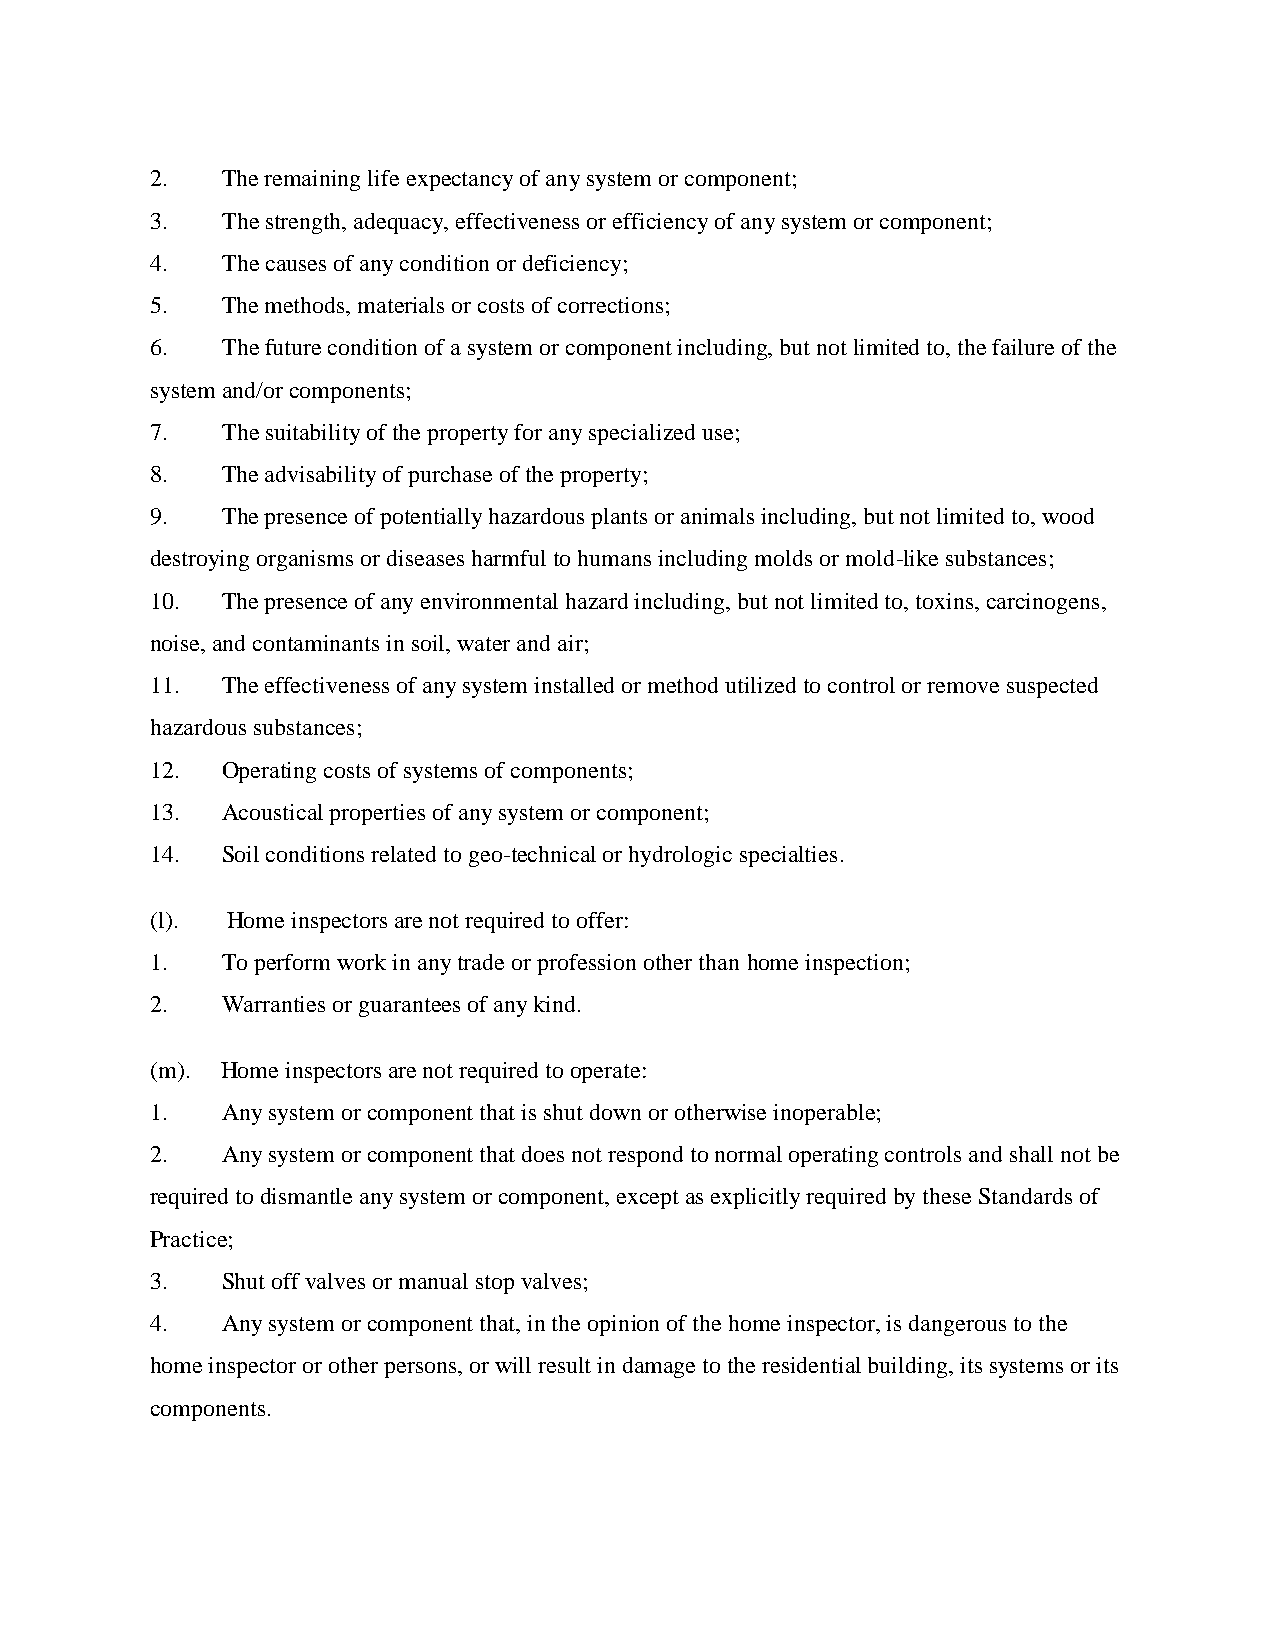
2.   The remaining life expectancy of any system or component;
 3.   The strength, adequacy, effectiveness or efficiency of any system or component;
 4.   The causes of any condition or deficiency;
 5.   The methods, materials or costs of corrections;
 6.   The future condition of a system or component including, but not limited to, the failure of the
 system and/or components;
 7.   The suitability of the property for any specialized use;
 8.   The advisability of purchase of the property;
 9.   The presence of potentially hazardous plants or animals including, but not limited to, wood
 destroying organisms or diseases harmful to humans including molds or mold-like substances;
 10.  The presence of any environmental hazard including, but not limited to, toxins, carcinogens,
 noise, and contaminants in soil, water and air;
 11.  The effectiveness of any system installed or method utilized to control or remove suspected
 hazardous substances;
 12.  Operating costs of systems of components;
 13.  Acoustical properties of any system or component;
 14.  Soil conditions related to geo-technical or hydrologic specialties.
 (l). Home inspectors are not required to offer:
 1.   To perform work in any trade or profession other than home inspection;
 2.   Warranties or guarantees of any kind.
 (m). Home inspectors are not required to operate:
 1.   Any system or component that is shut down or otherwise inoperable;
 2.   Any system or component that does not respond to normal operating controls and shall not be
 required to dismantle any system or component, except as explicitly required by these Standards of
 Practice;
 3.   Shut off valves or manual stop valves;
 4.   Any system or component that, in the opinion of the home inspector, is dangerous to the
 home inspector or other persons, or will result in damage to the residential building, its systems or its
 components.